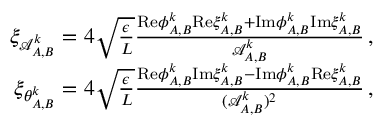
\begin{array} { r } { \xi _ { \mathcal { A } _ { A , B } ^ { k } } = 4 \sqrt { \frac { \epsilon } { L } } \frac { \mathrm { R e } { \phi } _ { A , B } ^ { k } \mathrm { R e } \xi _ { A , B } ^ { k } + \mathrm { I m } { \phi } _ { A , B } ^ { k } \mathrm { I m } \xi _ { A , B } ^ { k } } { \mathcal { A } _ { A , B } ^ { k } } \, , } \\ { \xi _ { \theta _ { A , B } ^ { k } } = 4 \sqrt { \frac { \epsilon } { L } } \frac { \mathrm { R e } { \phi } _ { A , B } ^ { k } \mathrm { I m } \xi _ { A , B } ^ { k } - \mathrm { I m } { \phi } _ { A , B } ^ { k } \mathrm { R e } \xi _ { A , B } ^ { k } } { ( \mathcal { A } _ { A , B } ^ { k } ) ^ { 2 } } \, , } \end{array}